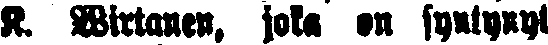
K. Wirtanen, joka on syntynyt